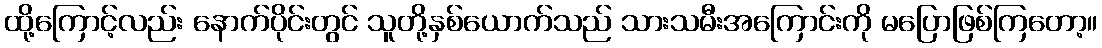
ထို့ကြောင့်လည်း နောက်ပိုင်းတွင် သူတို့နှစ်ယောက်သည် သားသမီးအကြောင်းကို မပြောဖြစ်ကြတော့။